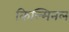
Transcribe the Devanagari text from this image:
किल्मिनल